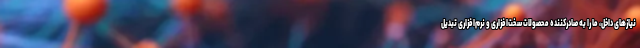
نیازهای داخل، ما را به صادرکننده محصولات سخت‌افزاری و نرم‌افزاری تبدیل